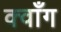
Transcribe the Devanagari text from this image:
क्वाँग